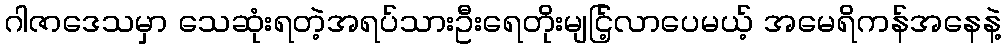
ဂါဇာဒေသမှာ သေဆုံးရတဲ့အရပ်သားဦးရေတိုးမျငြ့်လာပေမယ့် အမေရိကန်အနေနဲ့